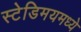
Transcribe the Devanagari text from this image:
स्टेडिमयमध्ये